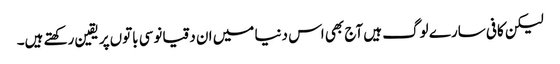
‌لیکن کافی سارے لوگ ہیں آج بھی اس دنیا میں‌ ان دقیانوسی باتوں‌پر یقین رکھتے ہیں۔